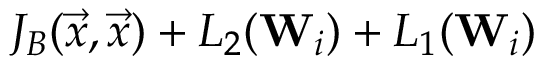
J _ { B } ( \Vec { x } , \Vec { x } ) + L _ { 2 } ( \mathbf { W } _ { i } ) + L _ { 1 } ( \mathbf { W } _ { i } )